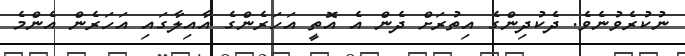
ނުކުރެވުނެވެ. ދެކުދިންގެ އިތުރަށް ދެން އެ އޮތީ އަހަރެންގެ އާއިލާގައި އަހަރެން އެންމެ